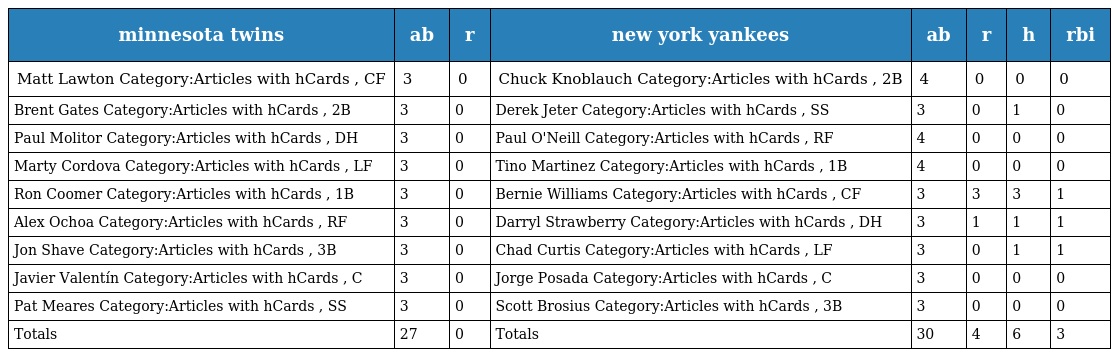
| minnesota twins | ab | r | new york yankees | ab | r | h | rbi |
 | --- | --- | --- | --- | --- | --- | --- | --- |
 | Matt Lawton Category:Articles with hCards , CF | 3 | 0 | Chuck Knoblauch Category:Articles with hCards , 2B | 4 | 0 | 0 | 0 |
 | Brent Gates Category:Articles with hCards , 2B | 3 | 0 | Derek Jeter Category:Articles with hCards , SS | 3 | 0 | 1 | 0 |
 | Paul Molitor Category:Articles with hCards , DH | 3 | 0 | Paul O'Neill Category:Articles with hCards , RF | 4 | 0 | 0 | 0 |
 | Marty Cordova Category:Articles with hCards , LF | 3 | 0 | Tino Martinez Category:Articles with hCards , 1B | 4 | 0 | 0 | 0 |
 | Ron Coomer Category:Articles with hCards , 1B | 3 | 0 | Bernie Williams Category:Articles with hCards , CF | 3 | 3 | 3 | 1 |
 | Alex Ochoa Category:Articles with hCards , RF | 3 | 0 | Darryl Strawberry Category:Articles with hCards , DH | 3 | 1 | 1 | 1 |
 | Jon Shave Category:Articles with hCards , 3B | 3 | 0 | Chad Curtis Category:Articles with hCards , LF | 3 | 0 | 1 | 1 |
 | Javier Valentín Category:Articles with hCards , C | 3 | 0 | Jorge Posada Category:Articles with hCards , C | 3 | 0 | 0 | 0 |
 | Pat Meares Category:Articles with hCards , SS | 3 | 0 | Scott Brosius Category:Articles with hCards , 3B | 3 | 0 | 0 | 0 |
 | Totals | 27 | 0 | Totals | 30 | 4 | 6 | 3 |